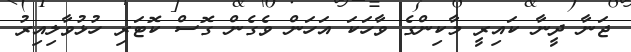
ޖަނާ ދީނާ ކައިރީ މާކިންގެ ވާހަކަ އަހަން ވެގެން ގޮސް ކޮޓަރި ހުޅުވާލިއިރު